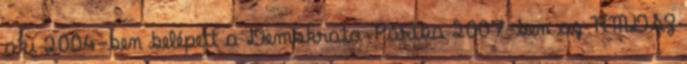
aki 2004-ben belépett a Demokrata Pártba 2007-ben az RMDSZ